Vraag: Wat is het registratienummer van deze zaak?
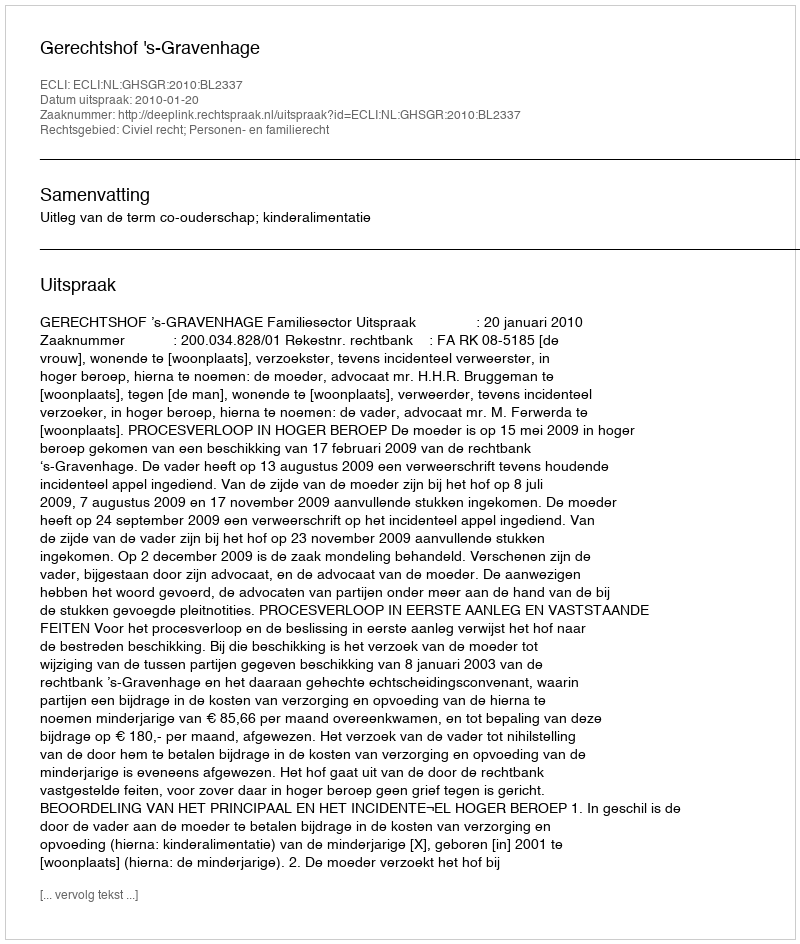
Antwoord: http://deeplink.rechtspraak.nl/uitspraak?id=ECLI:NL:GHSGR:2010:BL2337